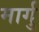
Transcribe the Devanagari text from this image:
मार्गु